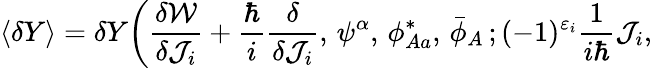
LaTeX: \langle\delta Y\rangle=\delta Y\bigg(\frac{\delta{\cal W}}{\delta{\cal J}_{i}}+\frac{\hbar}{i}\frac{\delta}{\delta{\cal J}_{i}},\, \psi^{\alpha},\, \phi_{Aa}^{*},\, \bar{\phi}_{A}\, ;(-1)^{\varepsilon_{i}}\frac{1}{i\hbar}{\cal J}_{i},\,